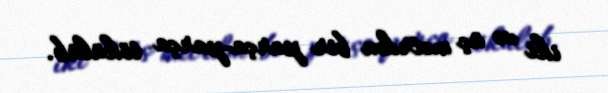
iki və üç metrdən bir parça-parça tökülüb.